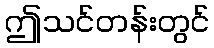
ဤသင်တန်းတွင်